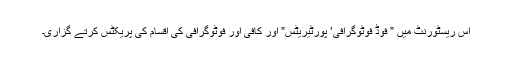
اس ریسٹورنٹ میں ” فوڈ فوٹوگرافی’ پورٹیریٹس” اور کافی اور فوٹوگرافی کی اقسام کی پریکٹس کرتے گزاری۔